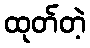
ထုတ်တဲ့